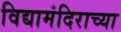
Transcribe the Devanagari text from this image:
विद्यामंदिराच्या